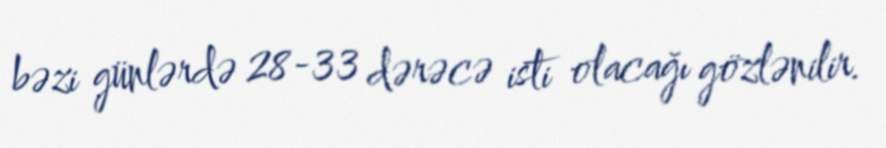
bəzi günlərdə 28-33 dərəcə isti olacağı gözlənilir.